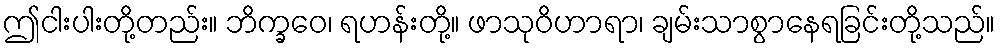
ဤငါးပါးတို့တည်း။ ဘိက္ခဝေ၊ ရဟန်းတို့။ ဖာသုဝိဟာရာ၊ ချမ်းသာစွာနေရခြင်းတို့သည်။